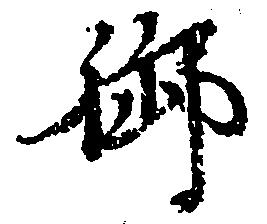
御